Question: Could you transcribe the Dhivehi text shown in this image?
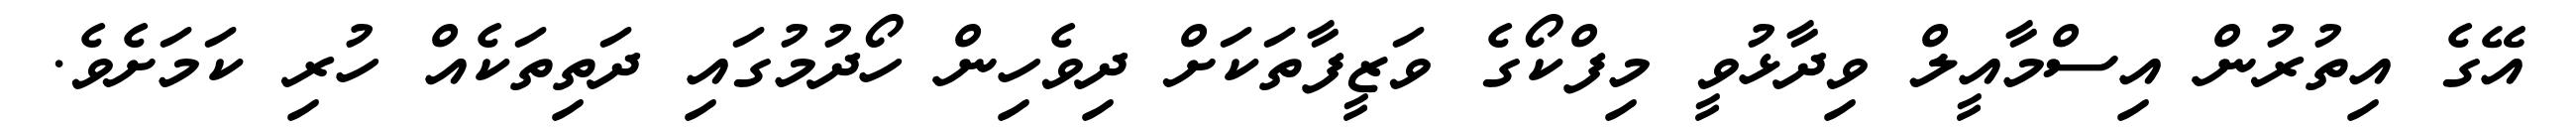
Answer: އޭގެ އިތުރުން އިސްމާއީލް ވިދާޅުވީ މިފްކޯގެ ވަޒީފާތަކަށް ދިވެހިން ހޯދުމުގައި ދަތިތަކެއް ހުރި ކަމަށެވެ.